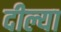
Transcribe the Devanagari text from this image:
दील्या